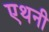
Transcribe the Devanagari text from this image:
एथनी